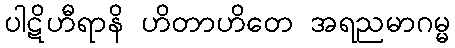
ပါဋိဟီရာနိ ဟိတာဟိတေ အရညမာဂမ္မ